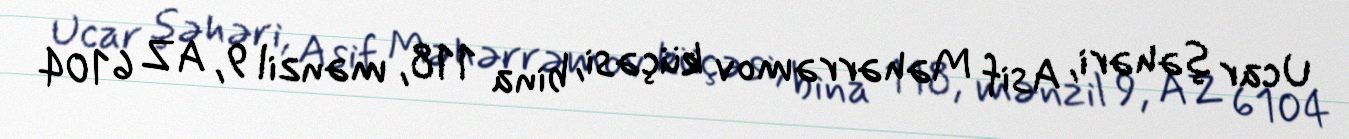
Ucar şəhəri, Asif Məhərrəmov küçəsi, bina 118, mənzil 9, AZ 6104